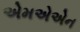
એમએએન